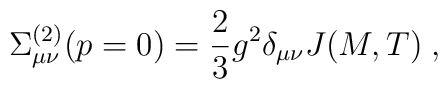
\Sigma^{(2)}_{\mu\nu}(p=0) = \frac{2}{3}g^2\delta_{\mu\nu}J(M,T)\;,